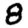
Digit: 8